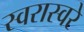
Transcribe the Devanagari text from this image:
स्वरास्वरे